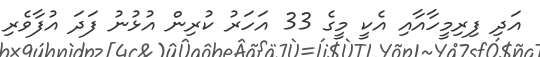
އަދި ފިރިމީހާއާއި އެކީ މީގެ 33 އަހަރު ކުރިން އުޅުނު ފަދަ އުފާވެރި